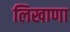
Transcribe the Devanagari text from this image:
लिखाणा